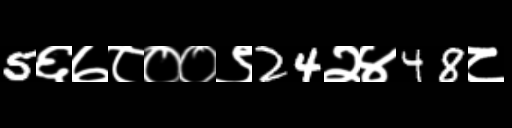
Text: 5६७८००९24२४48८